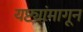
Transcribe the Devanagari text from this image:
यष्ट्यांमागून